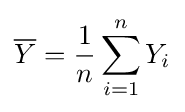
{\overline {Y}}={\frac {1}{n}}\sum _{i=1}^{n}Y_{i}